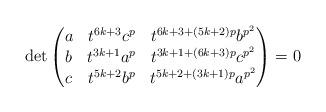
LaTeX: \begin{align*}\det\begin{pmatrix}a & t^{6k + 3} c^p & t^{6k + 3 + (5k + 2)p } b^{p^2} \\b & t^{3k + 1} a^p & t^{3k + 1 + (6k + 3)p } c^{p^2} \\c & t^{5k + 2} b^p & t^{5k + 2 + (3k + 1)p } a^{p^2}\end{pmatrix}= 0\end{align*}